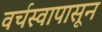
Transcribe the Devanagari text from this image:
वर्चस्वापासून